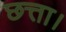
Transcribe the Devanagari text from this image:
छत्ता।